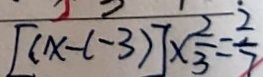
[ ( x - ( - 3 ) ] \times \frac { 2 } { 3 } = \frac { 2 } { 7 }